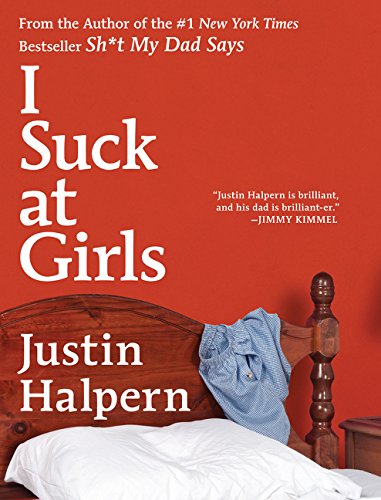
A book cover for I Suck at Girls; Justin Halpern; Humor & Entertainment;